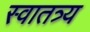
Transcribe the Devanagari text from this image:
स्वातत्र्य